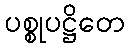
ပစ္စုပဋ္ဌိတေ